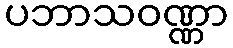
ပဘာသဝဏ္ဏာ